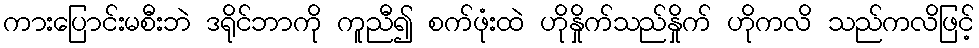
ကားပြောင်းမစီးဘဲ ဒရိုင်ဘာကို ကူညီ၍ စက်ဖုံးထဲ ဟိုနှိုက်သည်နှိုက် ဟိုကလိ သည်ကလိဖြင့်